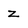
Character: z